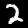
Label: 2